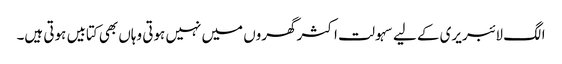
الگ لائبریری کے لیے سہولت اکثر گھروں میں نہیں ہوتی وہاں بھی کتابیں ہوتی ہیں۔